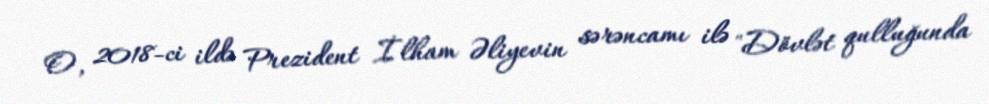
O, 2018-ci ildə Prezident İlham Əliyevin sərəncamı ilə "Dövlət qulluğunda